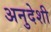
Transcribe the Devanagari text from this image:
अनुदेशी